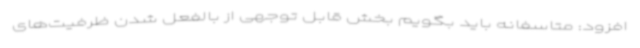
افزود: متاسفانه باید بگویم بخش قابل توجهی از بالفعل شدن ظرفیت‌های